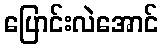
ပြောင်းလဲအောင်